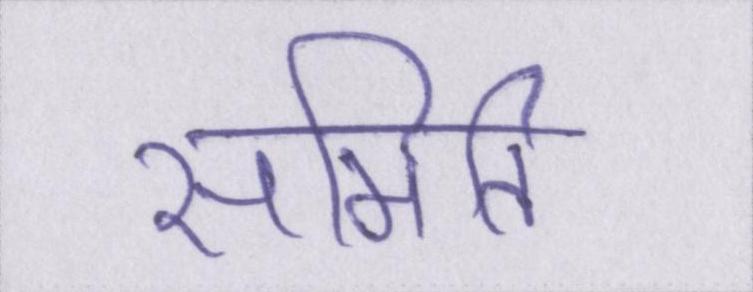
समिति